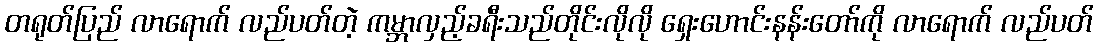
တရုတ်ပြည် လာရောက် လည်ပတ်တဲ့ ကမ္ဘာလှည့်ခရီးသည်တိုင်းလိုလို ရှေးဟောင်းနန်းတော်ကို လာရောက် လည်ပတ်